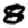
Digit: 8